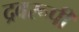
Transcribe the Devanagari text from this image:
द्रवरूपी